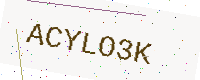
Text: ACYLO3K